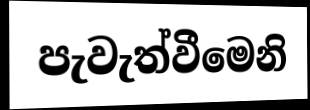
පැවැත්වීමෙනි